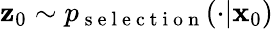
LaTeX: \mathbf{z}_{0}\sim p_{\mathrm{~s~e~l~e~c~t~i~o~n~}}(\cdot|\mathbf{x}_{0})